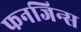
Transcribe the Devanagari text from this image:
फनजिन्स